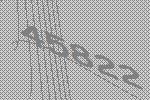
45822